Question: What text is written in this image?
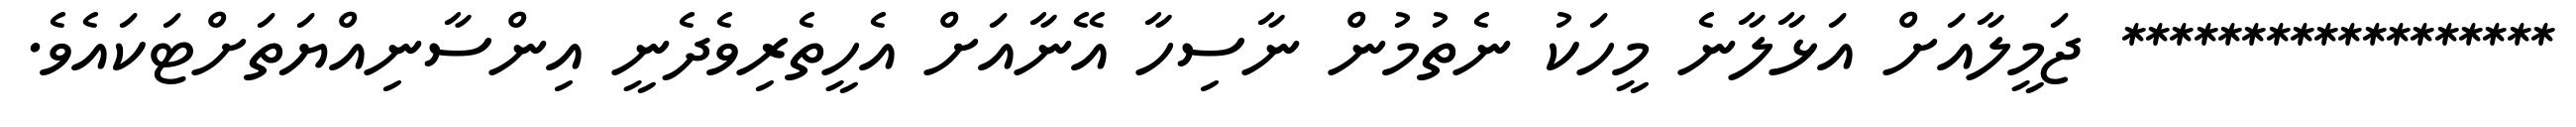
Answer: ****************** ޖަމީލާއަށް އަޅާލާނެ މީހަކު ނެތުމުން ނާސިހާ އޭނާއަށް އެހީތެރިވެދެނީ އިންސާނިއްޔަތަށްޓަކައެވެ.